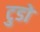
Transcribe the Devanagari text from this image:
टुडो